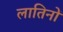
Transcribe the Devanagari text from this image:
लातिनों